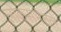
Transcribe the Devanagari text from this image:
लोकसभेतले